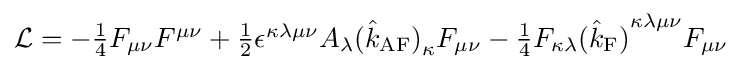
{\mathcal {L}}=-\textstyle {1 \over 4}F_{\mu \nu }F^{\mu \nu }+\textstyle {1 \over 2}\epsilon ^{\kappa \lambda \mu \nu }A_{\lambda }{({\hat {k}}_{\mathrm {AF} })}_{\kappa }F_{\mu \nu }-\textstyle {1 \over 4}F_{\kappa \lambda }{({\hat {k}}_{\mathrm {F} })}^{\kappa \lambda \mu \nu }F_{\mu \nu }